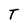
Character: T